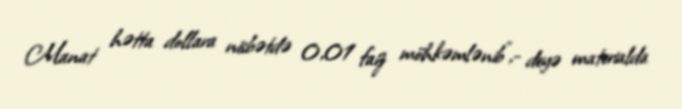
Manat hətta dollara nisbətdə 0,01 faiz möhkəmlənib”,- deyə materialda